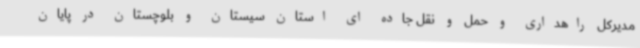
مدیرکل راهداری و حمل و نقل جاده ای استان سیستان و بلوچستان در پایان